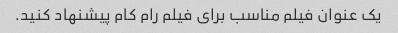
یک عنوان فیلم مناسب برای فیلم رام کام پیشنهاد کنید.